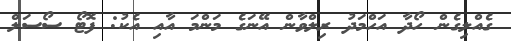
ގެއްލިގެން ހޯދާ އަހްމަދު ރިލްވާން އޭނަގެ މަންމަ އާއި އެކު: ފޮޓޯ ސޯސަލް